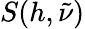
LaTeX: S(h,\tilde{\nu})